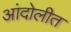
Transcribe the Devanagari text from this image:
आंदोलीत